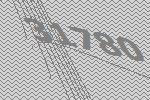
31780